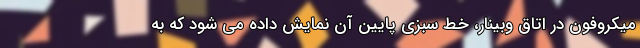
میکروفون در اتاق وبینار، خط سبزی پایین آن نمایش داده می شود که به